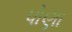
પોણા